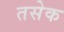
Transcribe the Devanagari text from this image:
तसेक